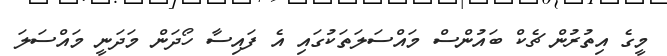
މީގެ އިތުރުން ޗެކް ބައުންސް މައްސަލަތަކުގައި އެ ފައިސާ ހޯދަން މަދަނީ މައްސަލަ